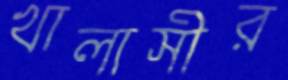
খালাসীর